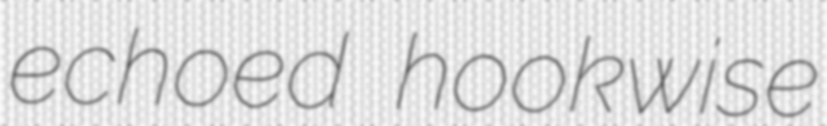
echoed hookwise